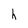
Character: h